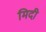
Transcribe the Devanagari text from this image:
मिदी